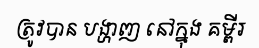
ត្រូវបាន បង្ហាញ នៅក្នុង គម្ពីរ